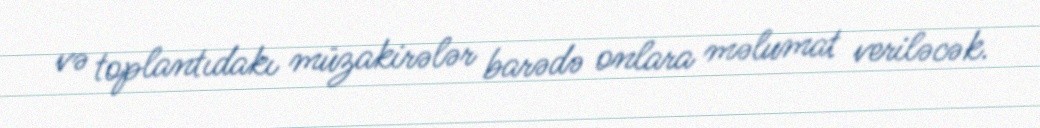
və toplantıdakı müzakirələr barədə onlara məlumat veriləcək.